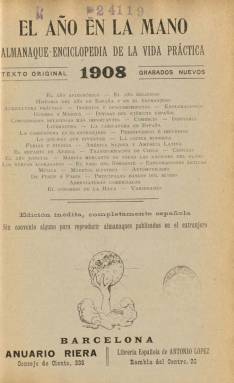
Título: El Año en la mano
Otros títulos: Almanaque enciclopedia de la vida práctica
Colección: Almanaques
Ámbito geográfico: Barcelona
Lugar de publicación: Barcelona
Fechas: 01/01/1908-31/12/1928

Su subtítulo –“almanaque-enciclopedia de la vida práctica”– da idea del doble o triple carácter de este anuario, que, por un lado, ofrece la información propia de un almanaque, y, por otro, una serie de datos, informaciones y estadísticas, junto a textos y artículos originales y variados sobre acontecimientos, actuaciones o actividades de todo tipo, que le da un carácter divulgativo y enciclopédico a la vez que de actualidad, todo ello acompañado de numerosísimas fotografías, mapas y dibujos. También indica que se trata de una “edición inédita, completamente española”, sin convenio alguno para reproducir almanaques extranjeros, y que inserta “grabados nuevos”.

El primero en ser publicado es el correspondiente al año 1908, siendo editado en Barcelona por la empresa del Anuario Riera (que venía editando el suyo propio desde 1896) y la Librería Española de Antonio López, imprimiéndose en el establecimiento tipográfico de éste. A partir del año 1912 es editado en Madrid por Perlado, Páez y Cª (Sucesores de Hernando), siéndolo más tarde de nuevo en Barcelona, ahora sólo por el citado Antonio López. Cada entrega llega a superar el medio millar de páginas, aunque después reduce esa cantidad, que apenas baja de tres centenares de páginas, dedicando una veintena de ellas, tanto al principio como al final, a insertar numerosos anuncios comerciales. Para su distribución se hacían dos encuadernaciones: una en cartoné y otra de lujo, y utiliza el color para sus cubiertas y algunas de sus ilustraciones en el interior. Al principio lleva un sumario en su portada o a continuación de esta, y después incluirá índices alfabéticos de materias al final de cada anuario.

Contiene el correspondiente almanaque anual en cada entrega, en el que incluye datos sobre el año astronómico, con las fases de la luna, los eclipses, las previsiones meteorológicas, el aspecto del cielo de cada mes, el santoral católico, los calendarios de otras religiones o iglesias o el perpetuo, pero también la celebración de mercados y ferias, acompañado también de refranes, dejando, incluso, espacios en blanco al estilo de las agendas.

A continuación ofrece noticias, informaciones, relaciones, resúmenes y otros textos de acontecimientos producidos cada año en España y en el extranjero, sobre inventos, descubrimientos, exploraciones, obituarios, congresos, exposiciones y conmemoraciones, sobre la actividad literaria, artística, científica, eclesiástica, comercial, militar o judicial, de modas, deportes, tauromaquia, aeronáutica y arte, o sobre los conflictos bélicos, las revoluciones y las instituciones.

Y también publica artículos de variada temática y de naturaleza divulgativa sobre historia, geografía, países, jefaturas de Estado, comercio, industria, biografías, exploraciones, arte, música, técnica, relaciones internacionales, agricultura, ganadería, costumbres, literatura, así como de otras curiosidades y conocimientos útiles.

Entre estos artículos o temáticas, están los dedicados a datos estadísticos de las naciones europeas y algunas americanas, a la moda femenina a través del siglo XIX, sobre la caricatura en España y en el extranjero, o la nobleza en Francia. También ofrece una relación de la prensa española y llega a insertar unas páginas de humor, con dibujos de Apeles Mestres. Asimismo, inserta una partitura musical del maestro Jaime Llobera sobre las rimas de Bécquer o una serie de láminas en color de grabados de Goya. En su entrega del año 1917 dedica un gran espacio a la conmemoración del tercer aniversario de la muerte de Miguel de Cervantes y al Quijote, en el que incluye su biografía y una serie de grabados y fotografías, como son los retratos de cervantistas ilustres, o unas caricaturas firmadas por Inglada, entre otro material.

La colección –no completa– de este anuario en la Biblioteca Nacional de España alcanza hasta el año 1928 (XXI de su publicación).